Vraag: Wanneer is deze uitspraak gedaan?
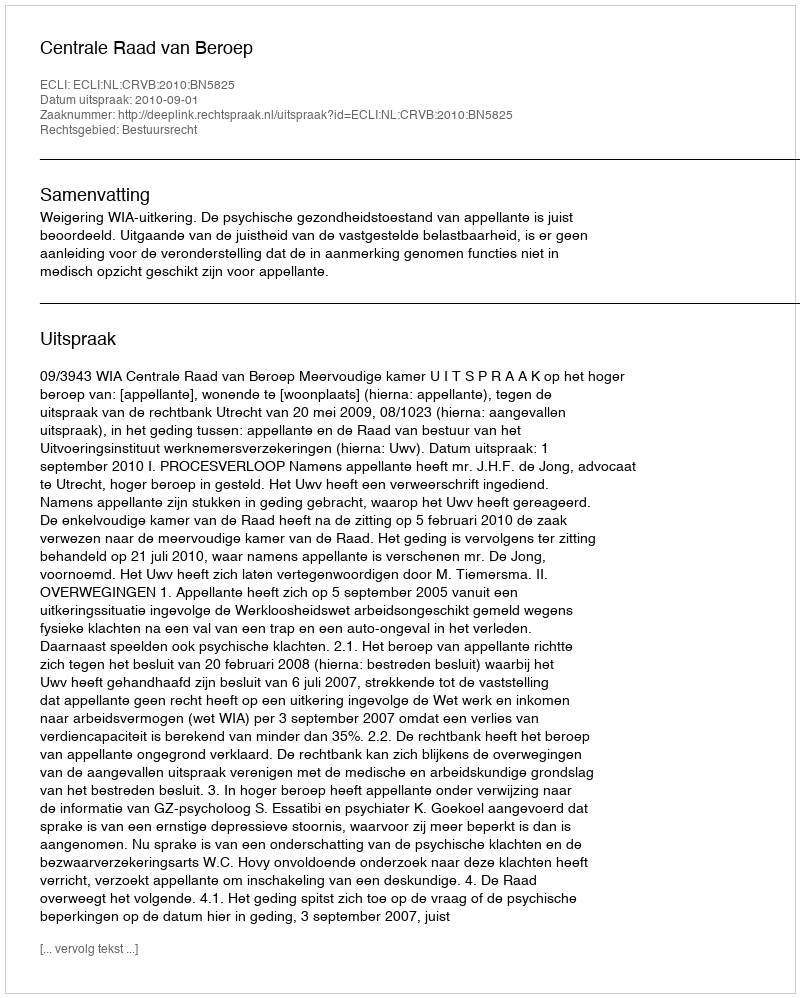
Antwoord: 2010-09-01